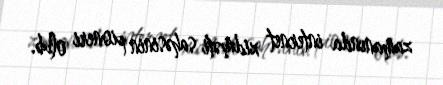
zamanında internet xidməti sahəsinin pioneri olub.